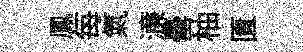
鳳每氣濓罍柚匱